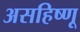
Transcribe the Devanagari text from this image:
असहिष्णू